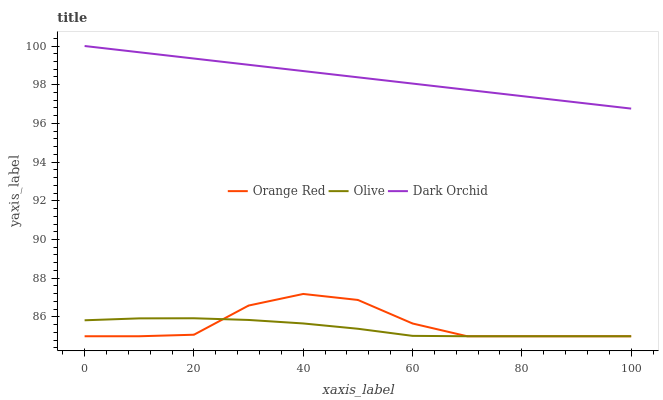
| xaxis_label | Orange Red | Olive | Dark Orchid |
 | --- | --- | --- | --- |
 | 0 | 85 | 85.8 | 100 |
 | 10 | 85 | 85.9 | 99.7 |
 | 20 | 85.1 | 85.9 | 99.4 |
 | 30 | 86.6 | 85.8 | 99 |
 | 40 | 87.2 | 85.7 | 98.7 |
 | 50 | 86.9 | 85.4 | 98.4 |
 | 60 | 85.7 | 85 | 98.1 |
 | 70 | 85 | 85 | 97.7 |
 | 80 | 85 | 85 | 97.4 |
 | 90 | 85 | 85 | 97.1 |
 | 100 | 85 | 85 | 96.8 |